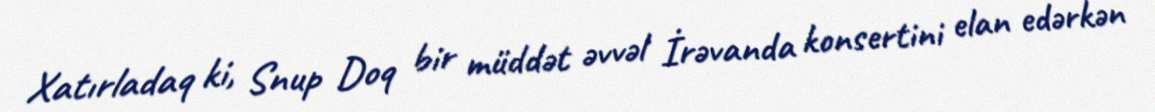
Xatırladaq ki, Snup Doq bir müddət əvvəl İrəvanda konsertini elan edərkən